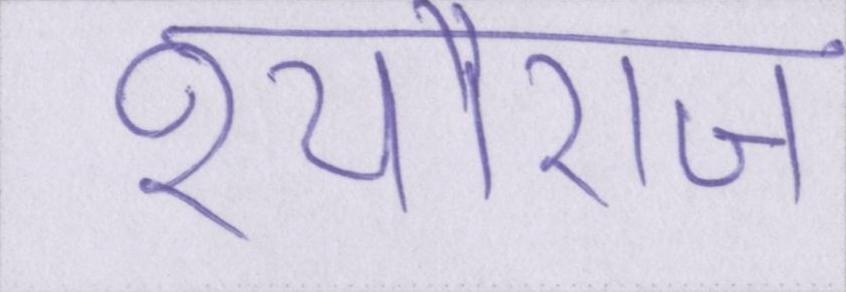
श्यौराज